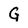
Character: G